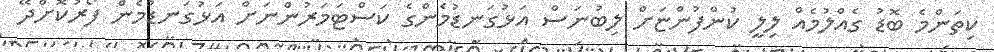
ކިތަންމެ ބޮޑު ގެއްލުމެއް ލިލީ ކުންފުންޏަށް ލިބުނަސް އަޅުގަނޑުމެންގެ ކަސްޓަމަރުންނަށް އަޅުގަނޑުމެން ފޯރުކޮށްދޭ